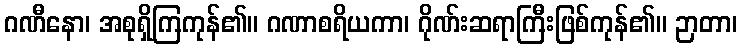
ဂဏီနော၊ အစုရှိကြကုန်၏။ ဂဏာစရိယကာ၊ ဂိုဏ်းဆရာကြီးဖြစ်ကုန်၏။ ဉာတာ၊